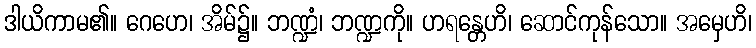
ဒါယိကာမ၏။ ဂေဟေ၊ အိမ်၌။ ဘဏ္ဍံ၊ ဘဏ္ဍကို။ ဟရန္တေဟိ၊ ဆောင်ကုန်သော။ အမှေဟိ၊